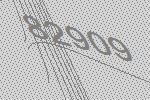
82909